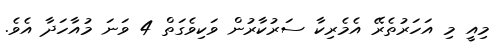
މިއީ މި އަހަރުތެރޭ އެމެރިކާ ސަރުކާރުން ވަކިވެގަތް 4 ވަނަ މުއާހަދާ އެވެ.